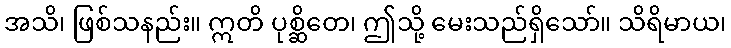
အသိ၊ ဖြစ်သနည်း။ ဣတိ ပုစ္ဆိတေ၊ ဤသို့ မေးသည်ရှိသော်။ သိရိမာယ၊